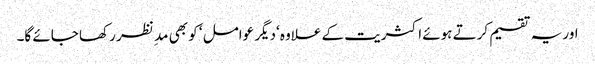
اور یہ تقسیم کرتے ہوئے اکثریت کے علاوہ ‘دیگر عوامل ‘ کو بھی مد ِ نظر رکھا جائے گا۔